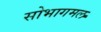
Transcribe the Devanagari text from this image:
सोभागमल